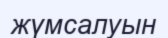
жүмсалуын